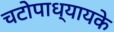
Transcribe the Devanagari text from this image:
चटोपाध्यायके